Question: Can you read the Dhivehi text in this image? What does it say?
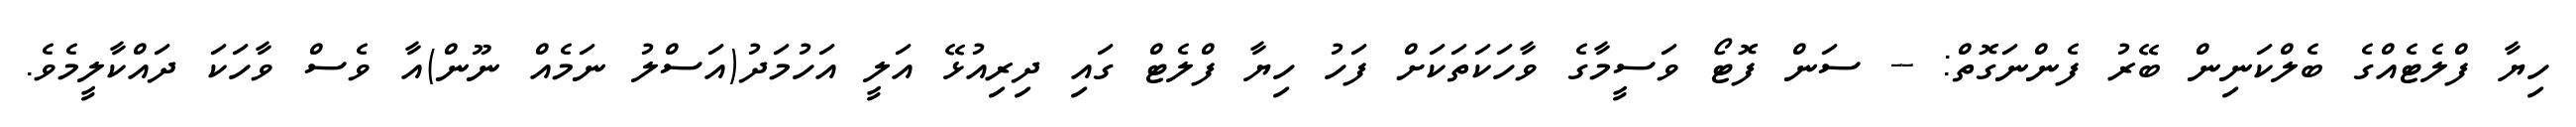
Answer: ހިޔާ ފްލެޓެއްގެ ބެލްކަނިން ބޭރު ފެންނަގޮތް: -- ސަން ފޮޓޯ ވަސީމާގެ ވާހަކަތަކަށް ފަހު ހިޔާ ފްލެޓް ގައި ދިރިއުޅޭ އަލީ އަހުމަދު(އަސްލު ނަމެއް ނޫން)އާ ވެސް ވާހަކަ ދައްކާލީމެވެ.